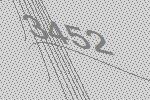
3452